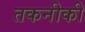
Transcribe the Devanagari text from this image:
तकनीकी